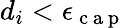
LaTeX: d_{i}<\epsilon_{\mathrm{~c~a~p~}}